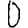
Digit: 0